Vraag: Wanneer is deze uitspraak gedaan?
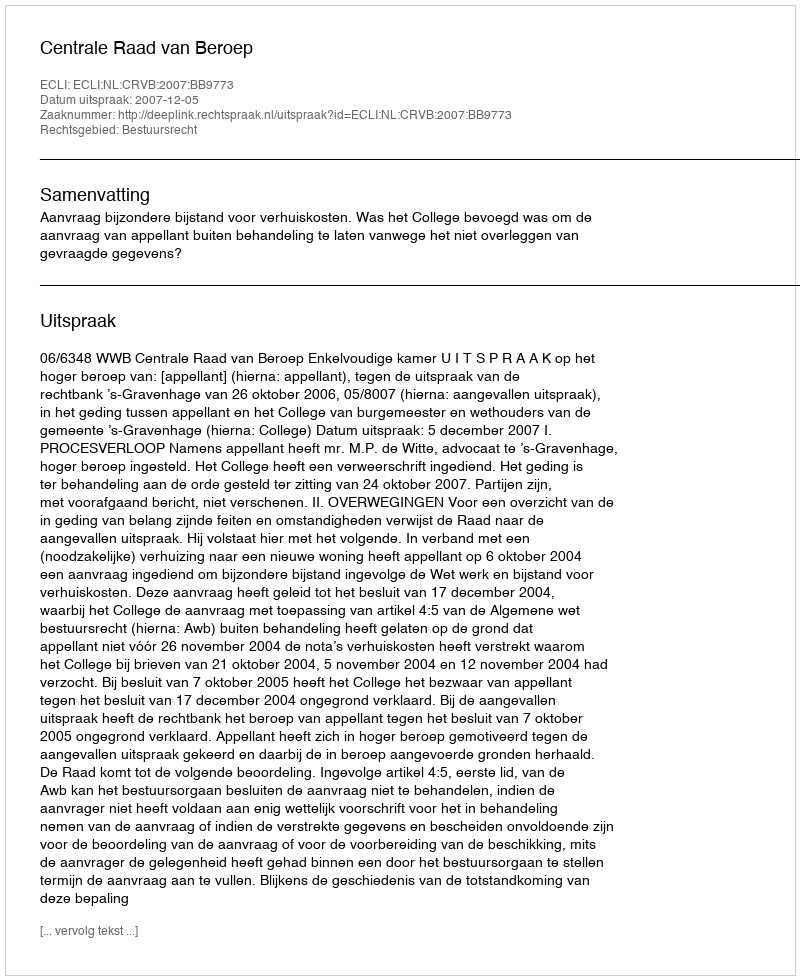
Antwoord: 2007-12-05